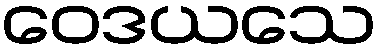
ဝေဒယသေ